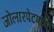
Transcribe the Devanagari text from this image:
जोलारपेटपर्यंत